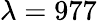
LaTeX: \lambda=977